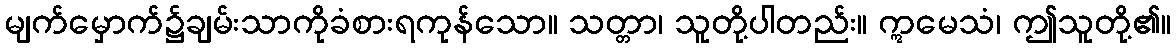
မျက်မှောက်၌ချမ်းသာကိုခံစားရကုန်သော။ သတ္တာ၊ သူတို့ပါတည်း။ ဣမေသံ၊ ဤသူတို့၏။